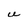
Character: U